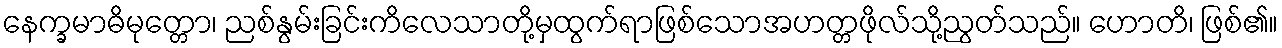
နေက္ခမာဓိမုတ္တော၊ ညစ်နွမ်းခြင်းကိလေသာတို့မှထွက်ရာဖြစ်သောအဟတ္တဖိုလ်သို့ညွတ်သည်။ ဟောတိ၊ ဖြစ်၏။